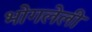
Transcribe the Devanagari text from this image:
भोगलेली